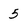
Character: 5